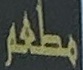
مطعم